Bréfritari: Sigríður Pálsdóttir
Viðtakandi: Páll Pálsson
Dagsetning: A-1866-10-10
Skrifað á: Breiðabólsstað  Rang.
Páll var bróðir Sigríðar

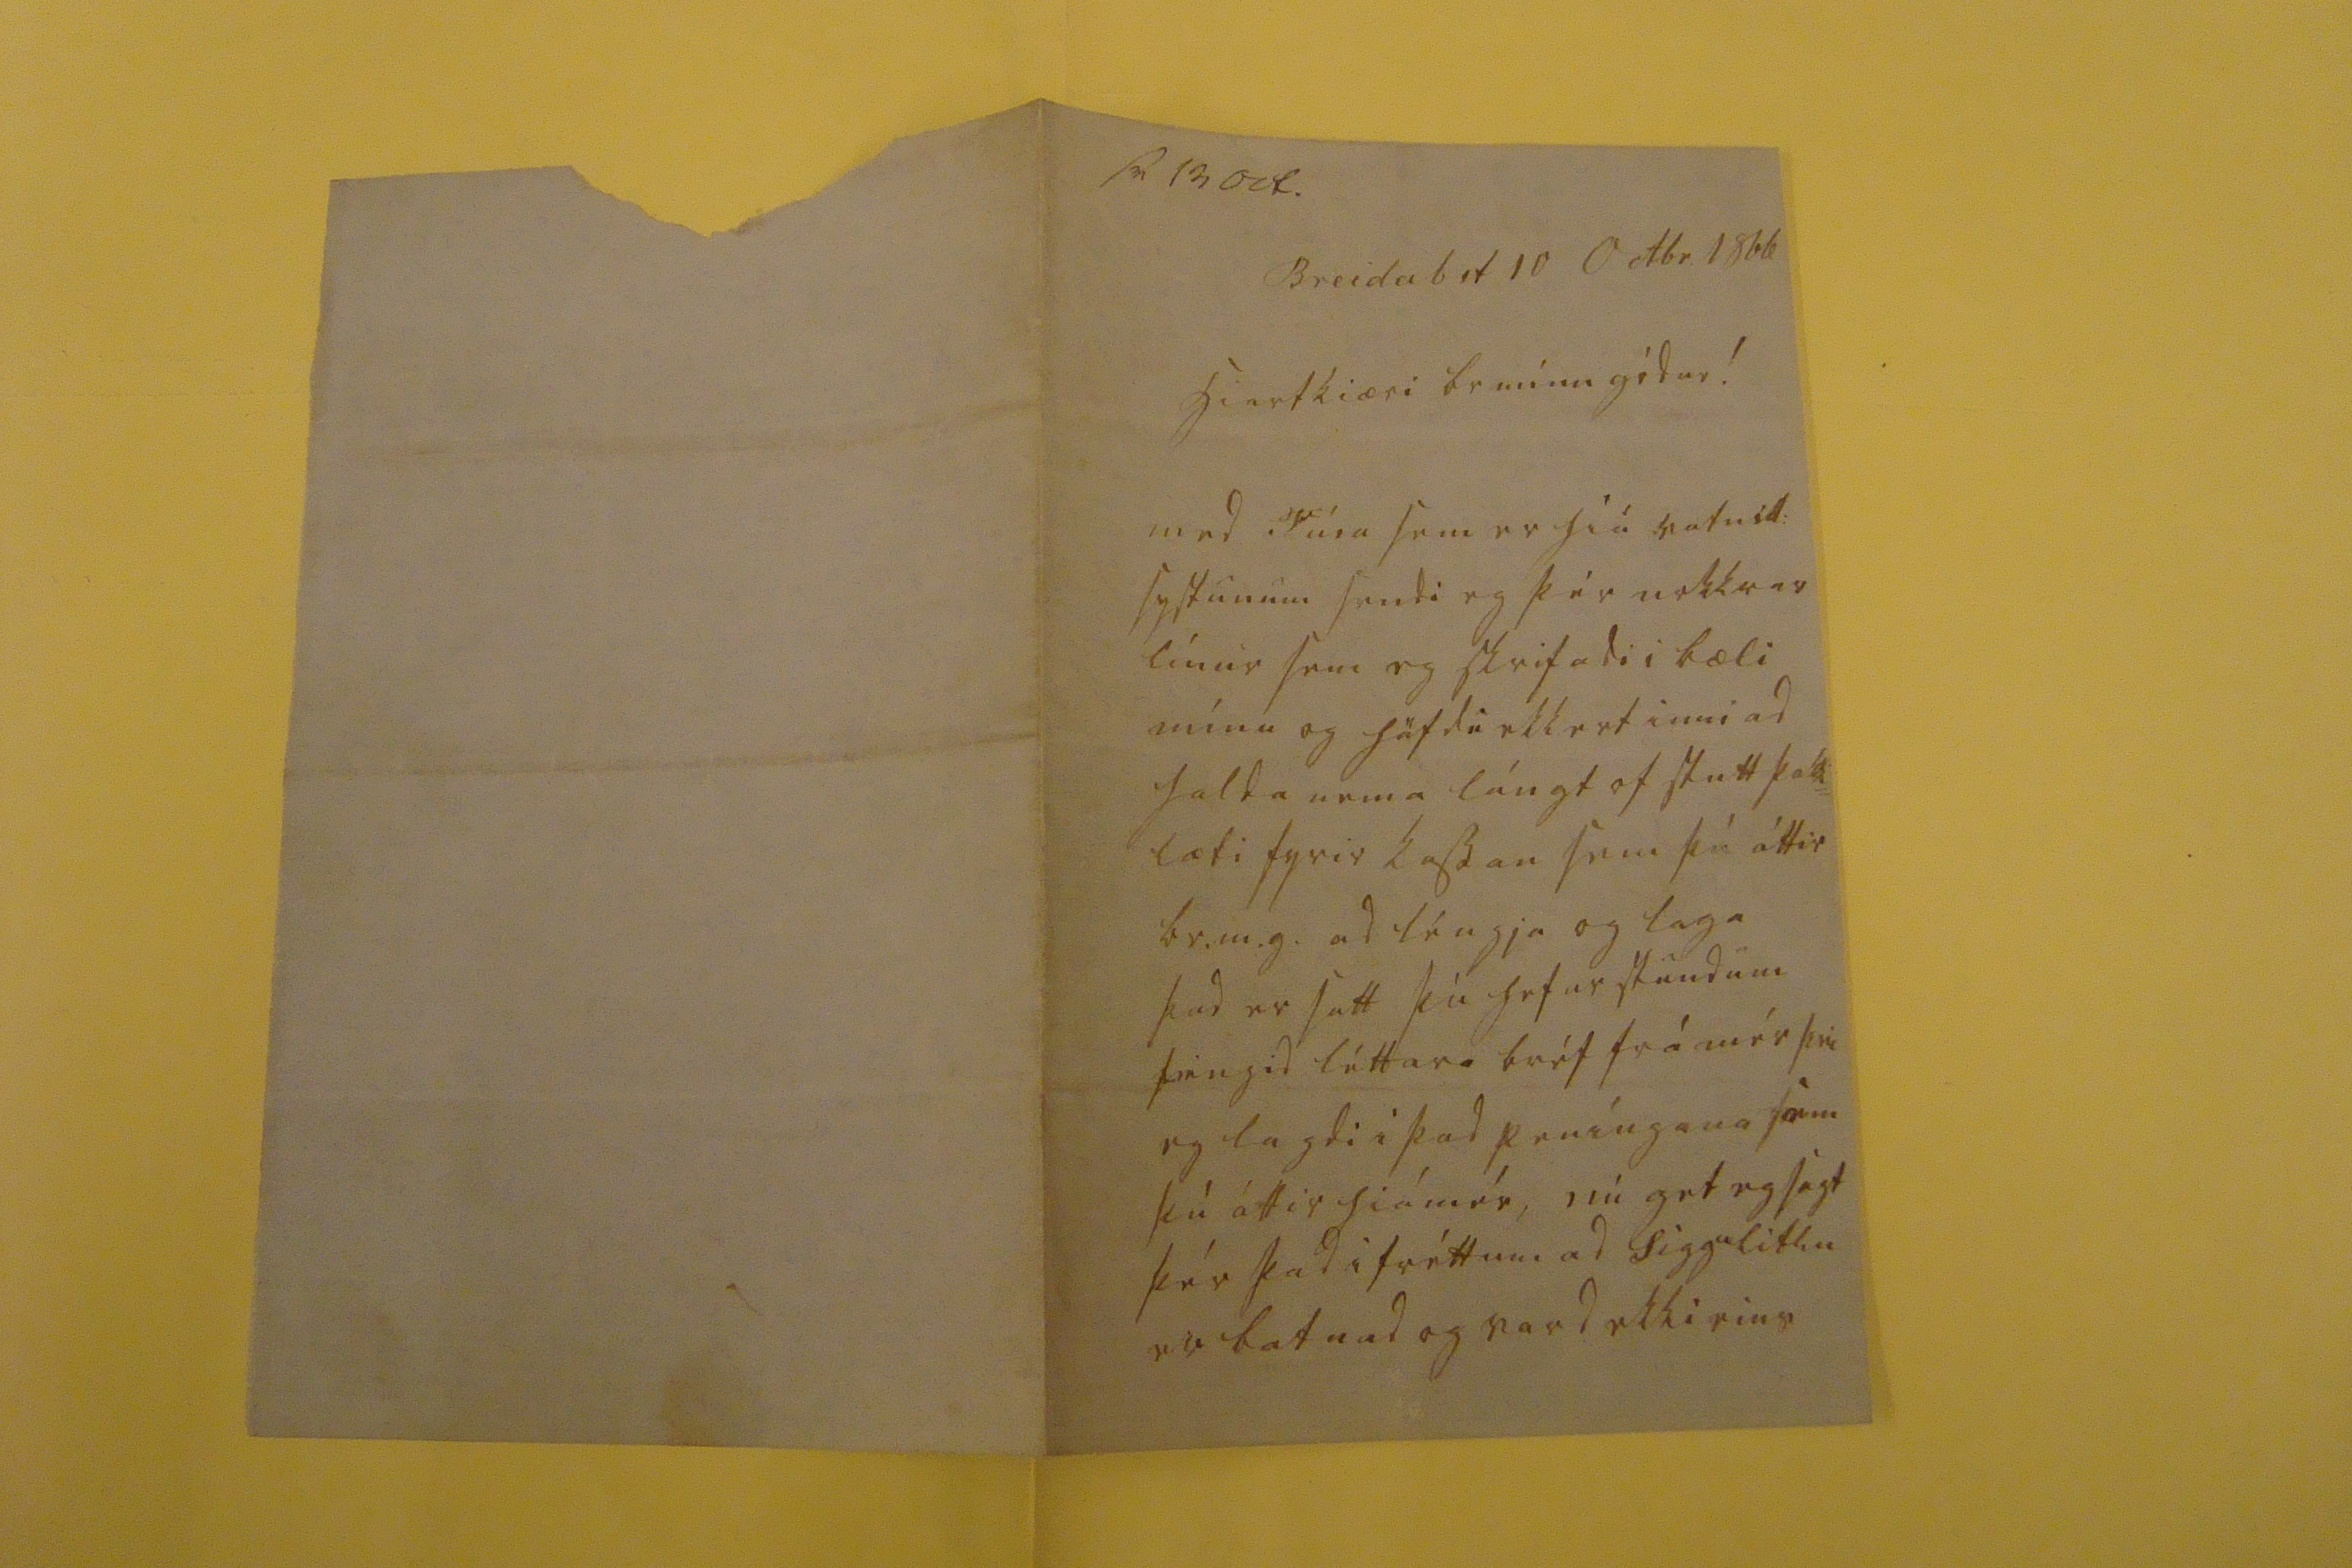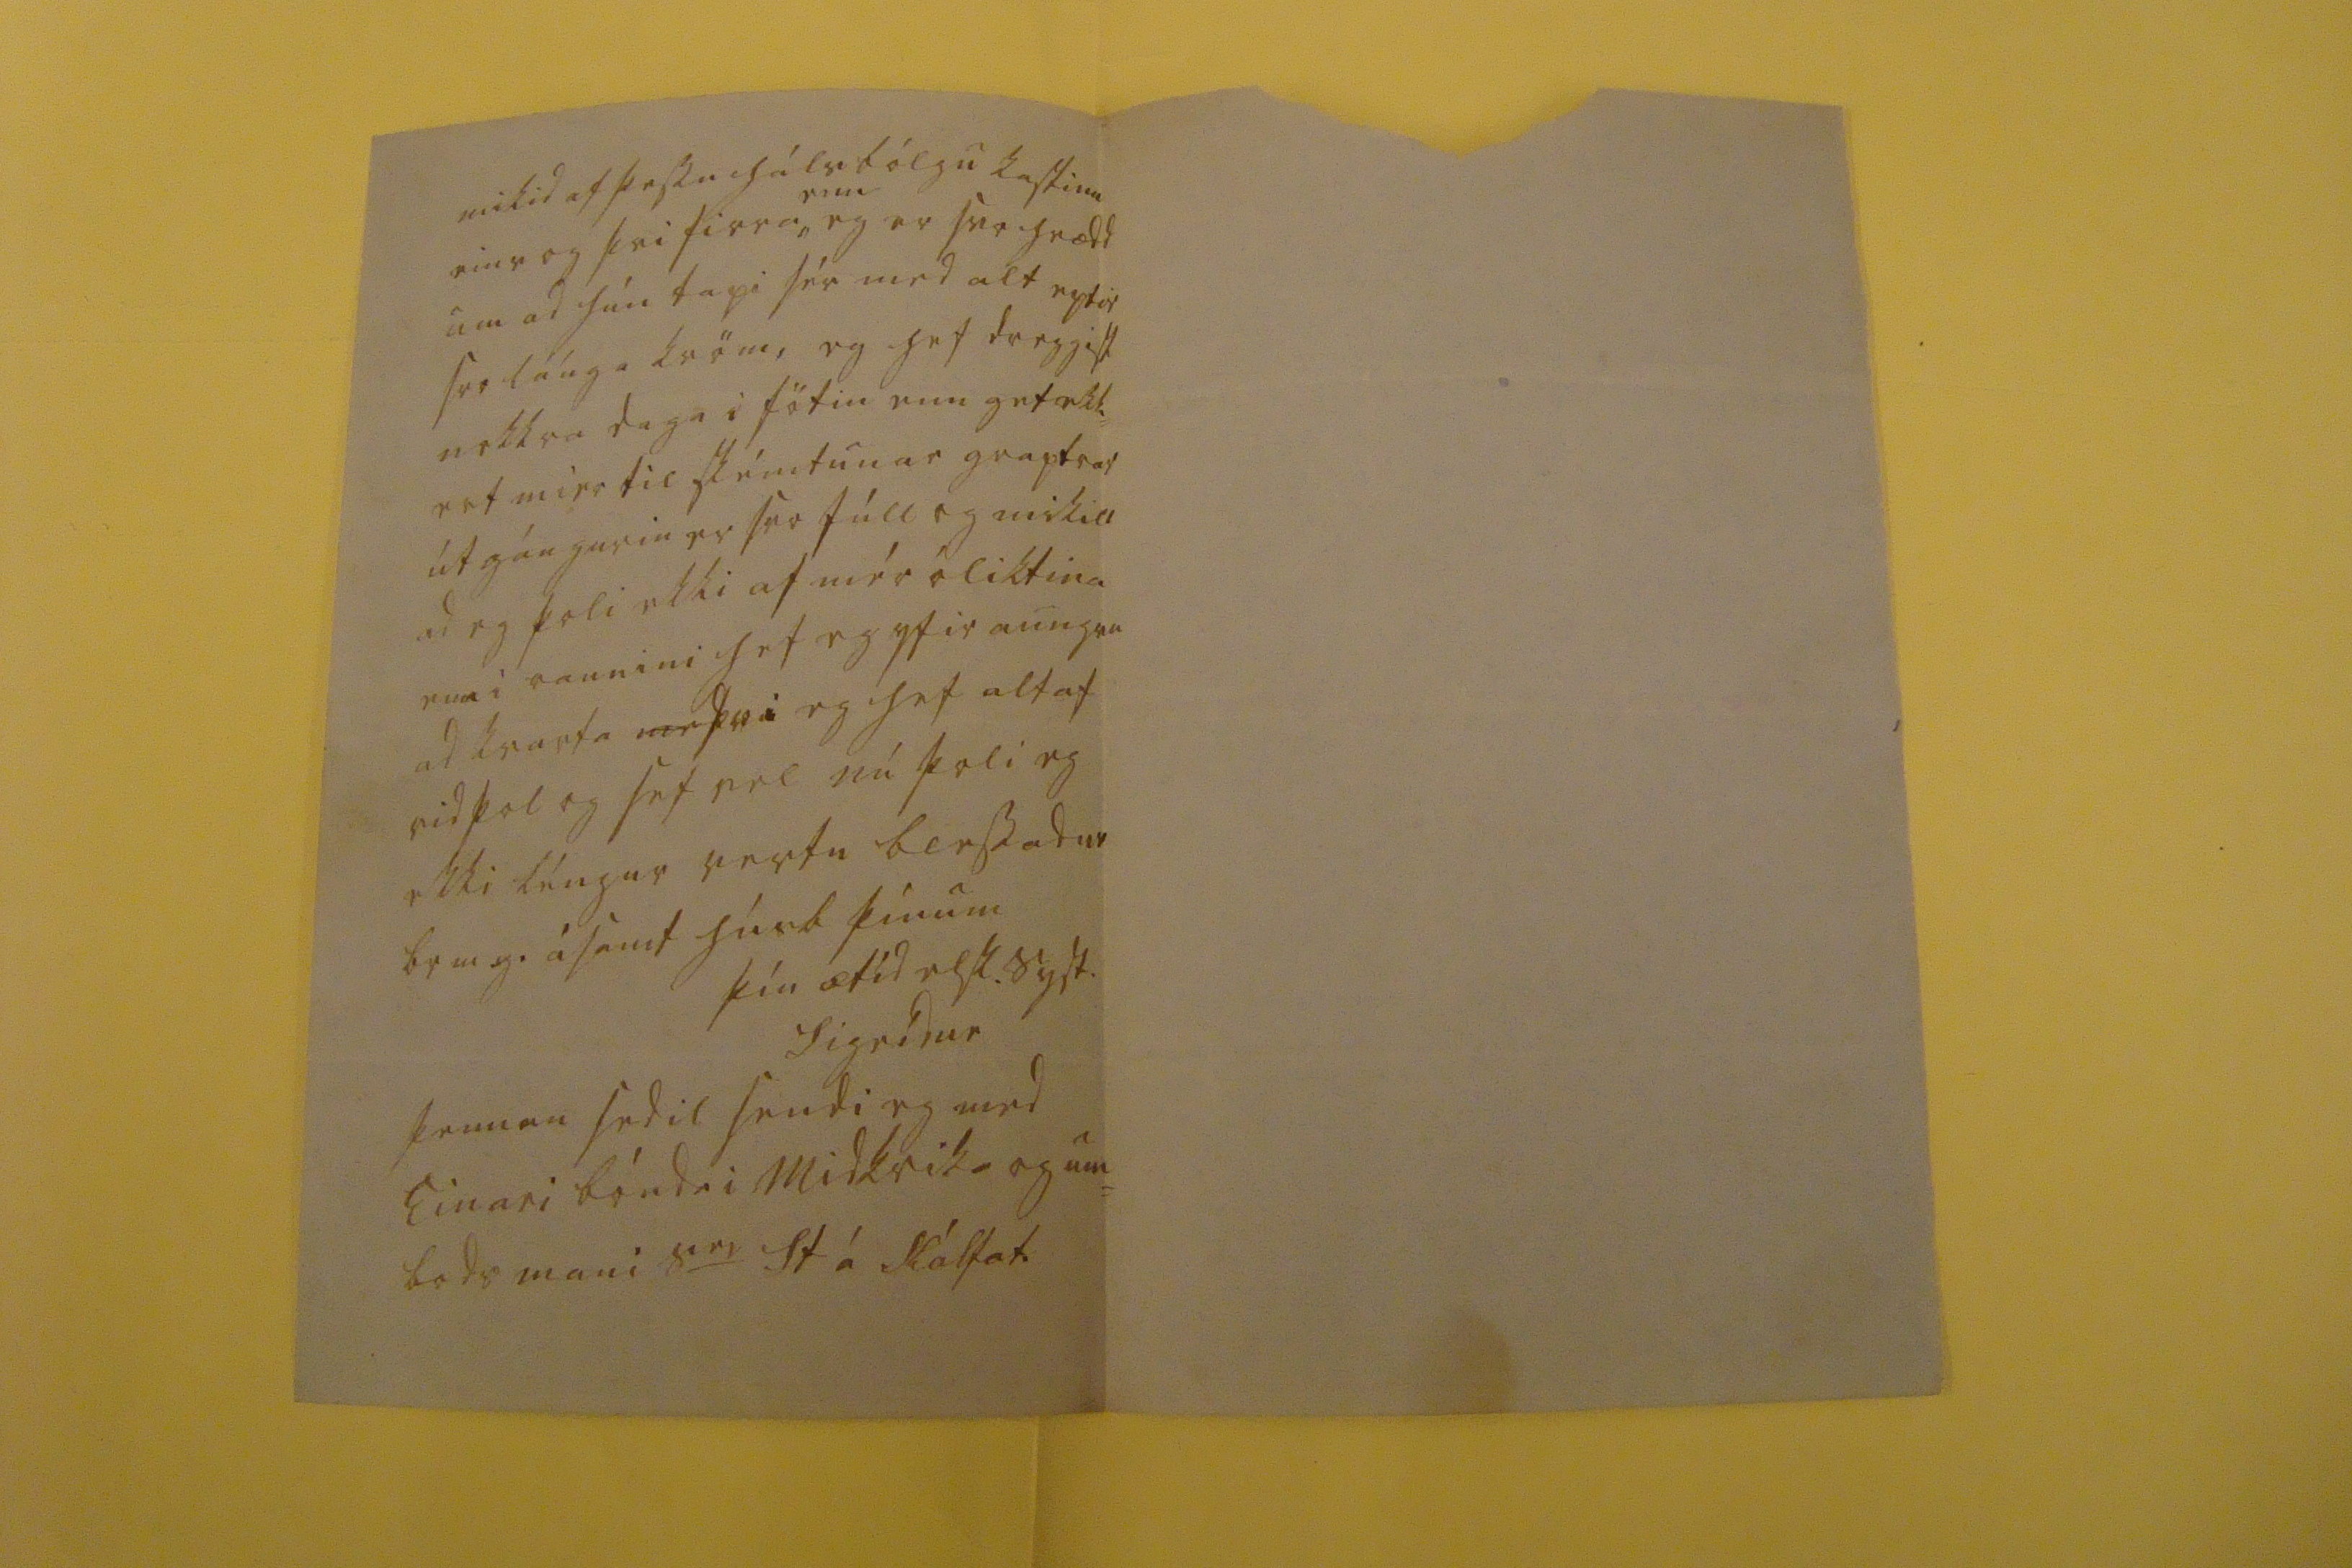

sv 13 Oct.
Breidab st 10 Octbr. 1866
hiartkiæri br minn gódur!
med Túra sem er hiá vafnid: systunum sendi eg þér nokkrar línur sem eg skrifadi i bæli mínu og höfdu ekkert inni ad halda nema lángt of stutt þakk= læti fyrir kassan sem þú áttir br.m.g. ad léngja og laga þad er satt þú hefur stundum feingid léttara bréf frá mér þvi eg lagdi i þad peníngana sem þú áttir hiá mér, nú get eg sagt þér þad i fréttum ad Sggu litlu er batnad og vard ekki eins
mikid af þessu hálsbólgu kastinu eins og þvi firra,
enn
eg er svo hrædd um ad hún tapi sér med alt eptir svo lánga kröm, eg hef dreygist nokkra daga i fötin enn get ekki= ert meir til skémtunar graptrar útgángurin er svo fúll og mikill ad eg þoli ekki af mér óliktina enn i raunini hef eg yfir aungvu ad kvarta
me
þvi eg hef altaf vid þol og sef vel nú þoli eg ekki léngur vertu blessadur br m g. ásamt húsbæ þínum
þín ætíd elsk. syst.
Sigrídur
þennan sedil sendi eg med Einari bónda i Midkrika og um= bods mani s
er
St á
Kálfat.